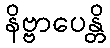
နိဗ္ဗာပေန္တိ